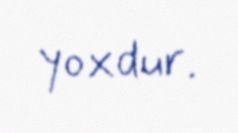
yoxdur.